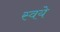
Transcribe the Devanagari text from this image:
स्वये